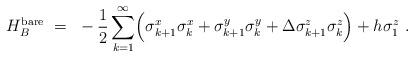
LaTeX: \begin{align*}H_B^{\rm bare}~=~-\frac{1}{2}\sum_{k=1}^{\infty}\Bigl(\sigma^x_{k+1}\sigma^x_k+\sigma^y_{k+1}\sigma^y_k+\Delta \sigma^z_{k+1}\sigma^z_k\Bigr)+h\sigma^z_1~.\end{align*}